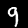
Digit: 9